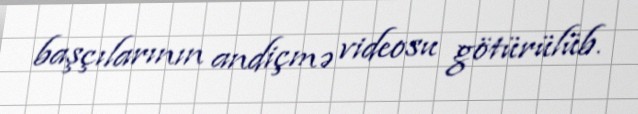
başçılarının andiçmə videosu götürülüb.